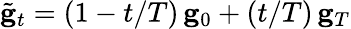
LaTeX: \tilde{\mathbf g}_{t}=(1-t/T)\, {\mathbf g}_{0}+(t/T)\, {\mathbf g}_{T}